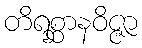
တိရစ္ဆာနဝိဇ္ဇာ